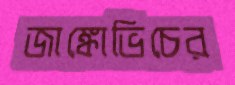
জাঙ্কোভিচের